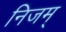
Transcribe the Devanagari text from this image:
निजम्